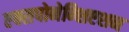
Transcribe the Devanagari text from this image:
एक्सपोनेन्शिएशन